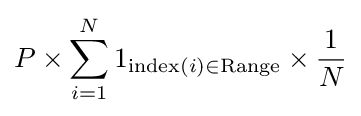
P\times \sum _{i=1}^{N}1_{{\text{index}}(i)\in {\text{Range}}}\times {\frac {1}{N}}